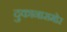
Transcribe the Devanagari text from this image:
दुकानासमोर